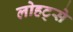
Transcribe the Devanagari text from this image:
लोहट्से